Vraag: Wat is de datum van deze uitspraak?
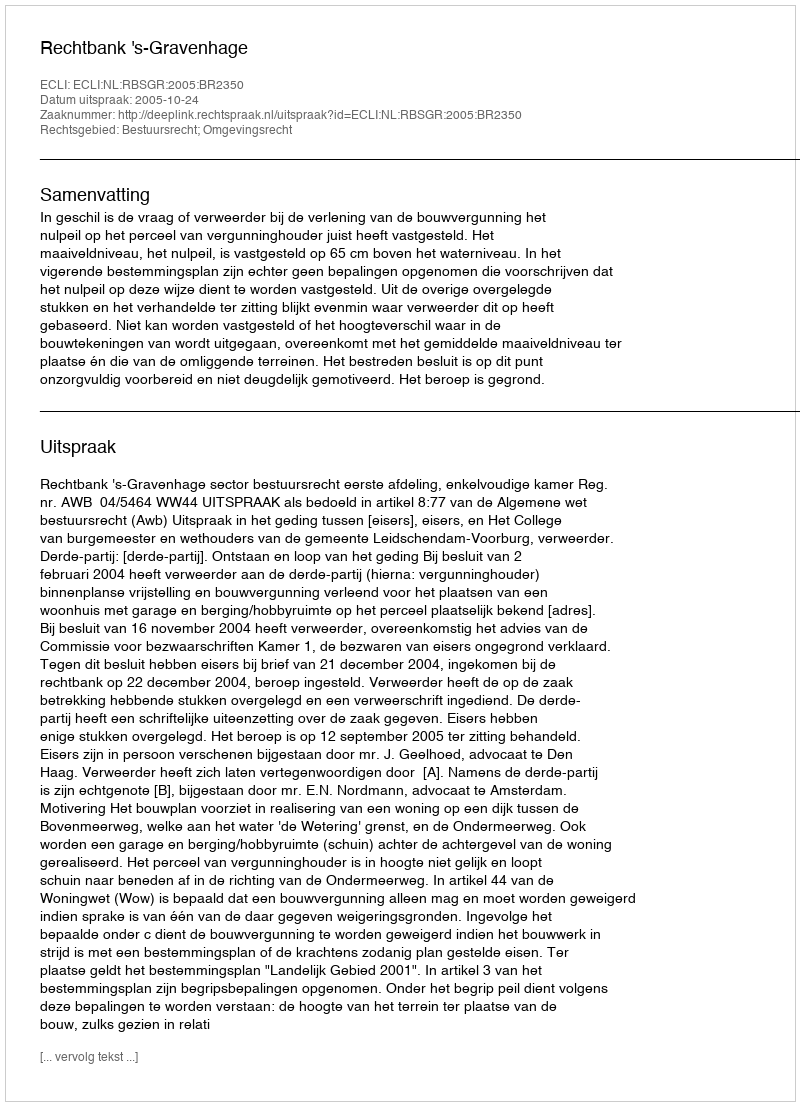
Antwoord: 2005-10-24